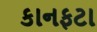
કાનફટા